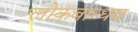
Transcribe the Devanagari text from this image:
लोकबान्धव